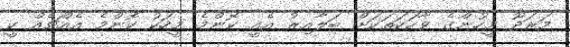
މަރަދޫ މީހުންގެ ވާހަކަތަކަށް ބަލާއިރު އެއީ ކޮންމެ މީހަކު ކޮންމެ އެއްޗެއް ކީ